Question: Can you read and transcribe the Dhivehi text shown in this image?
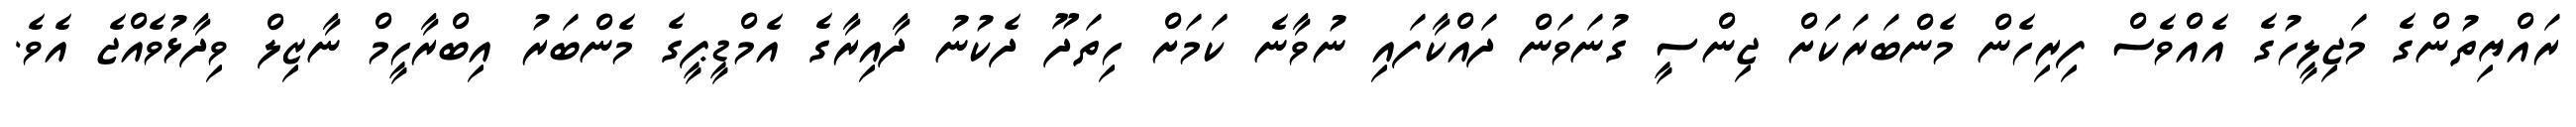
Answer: ރައްޔިތުންގެ މަޖިލީހުގެ އެއްވެސް ފިރިހެން މެންބަރަކަށް ޖިންސީ ގުނަވަން ދައްކާފައި ނުވާނެ ކަމަށް ހިތަދޫ ދެކުނު ދާއިރާގެ އެމްޑީޕީގެ މެންބަރު އިބްރާހީމް ނާޒިލް ވިދާޅުވެއްޖެ އެވެ.